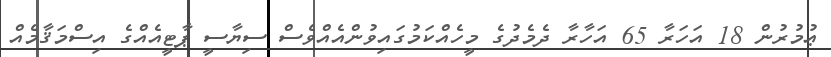
ޢުމުރުން 18 އަހަރާ 65 އަހާރާ ދެމެދުގެ މީހެއްކަމުގައިވުންއެއްވެސް ސިޔާސީ ޕާޓީއެއްގެ އިސްމަޤާމެއް